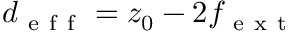
d _ { \mathrm { ~ e ~ f ~ f ~ } } = z _ { 0 } - 2 f _ { \mathrm { ~ e ~ x ~ t ~ } }